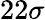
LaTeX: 22\sigma